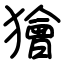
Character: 獪